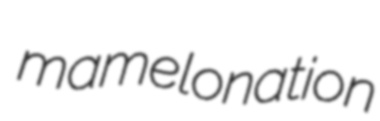
mamelonation